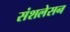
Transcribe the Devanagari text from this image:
संशलेसन